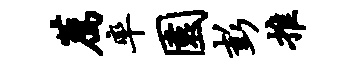
荐率园彭推